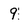
Character: 9